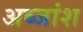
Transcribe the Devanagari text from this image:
अब्जांश